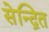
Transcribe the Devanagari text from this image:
सेन्द्रित